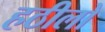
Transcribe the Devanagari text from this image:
हठीलो